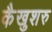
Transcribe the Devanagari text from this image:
कैखुशरु